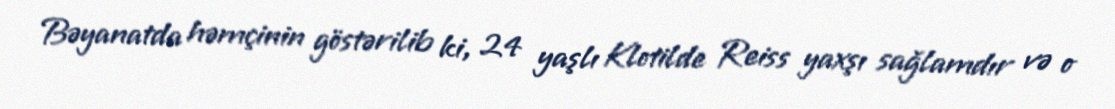
Bəyanatda həmçinin göstərilib ki, 24 yaşlı Klotilde Reiss yaxşı sağlamdır və o